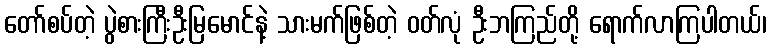
တော်စပ်တဲ့ ပွဲစားကြီးဦးမြမောင်နဲ့ သားမက်ဖြစ်တဲ့ ဝတ်လုံ ဦးဘကြည်တို့ ရောက်လာကြပါတယ်၊